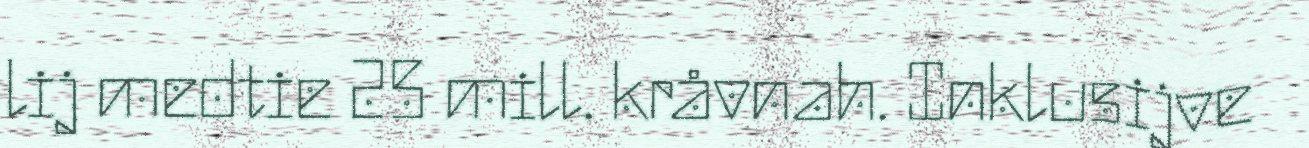
lij medtie 25 mill. kråvnah. Inklusijve